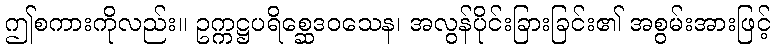
ဤစကားကိုလည်း။ ဥက္ကဋ္ဌပရိစ္ဆေဒဝသေန၊ အလွန်ပိုင်းခြားခြင်း၏ အစွမ်းအားဖြင့်